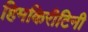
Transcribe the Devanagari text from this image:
हिमकिरीटिनी